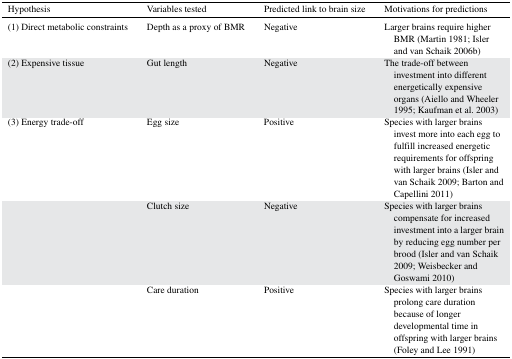
<table><thead><tr><td><b>Hypothesis</b></td><td><b>Variables tested</b></td><td><b>Predicted link to brain size</b></td><td><b>Motivations for predictions</b></td></tr></thead><tbody><tr><td>(1) Direct metabolic constraints</td><td>Depth as a proxy of BMR</td><td>Negative</td><td>Larger brains require higher BMR (Martin 1981; Isler and van Schaik 2006b)</td></tr><tr><td>(2) Expensive tissue</td><td>Gut length</td><td>Negative</td><td>The trade-off between investment into different energetically expensive organs (Aiello and Wheeler 1995; Kaufman et al. 2003)</td></tr><tr><td>(3) Energy trade-off</td><td>Egg size</td><td>Positive</td><td>Species with larger brains invest more into each egg to fulfill increased energetic requirements for offspring with larger brains (Isler and van Schaik 2009; Barton and Capellini 2011)</td></tr><tr><td></td><td>Clutch size</td><td>Negative</td><td>Species with larger brains compensate for increased investment into a larger brain by reducing egg number per brood (Isler and van Schaik 2009; Weisbecker and Goswami 2010)</td></tr><tr><td></td><td>Care duration</td><td>Positive</td><td>Species with larger brains prolong care duration because of longer developmental time in offspring with larger brains (Foley and Lee 1991)</td></tr></tbody></table>